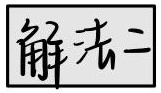
解法二